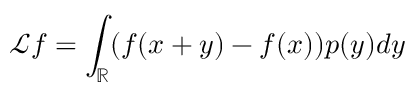
\mathcal L f = \int _ { \mathbb R } ( f ( x + y ) - f ( x ) ) p ( y ) d y